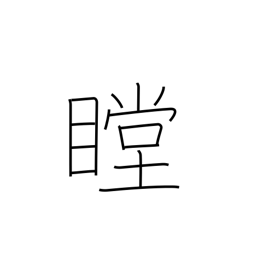
Meaning: stare intently